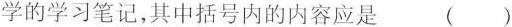
学的学习笔记，其中括号内的内容应是 ()